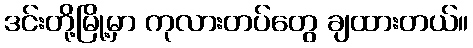
ဒင်းတို့မြို့မှာ ကုလားတပ်တွေ ချထားတယ်။